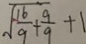
\sqrt { \frac { 1 6 } { 9 } + \frac { 9 } { 9 } } + 1